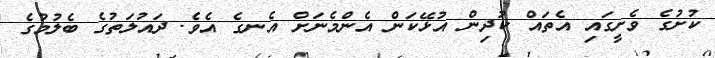
ކުށުގެ ވެށީގައި އެތައް ކުދިން އުޅޭކަން އެންމެނަށް އެނގެ އެވެ. ދައުލަތުގެ ބެލުމުގެ